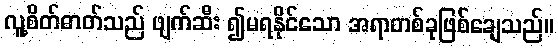
လူ့စိတ်ဓာတ်သည် ဖျက်ဆီး ၍မရနိုင်သော အရာတစ်ခုဖြစ်ချေသည်။